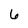
Character: 6